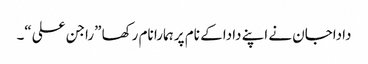
داداجان نے اپنے دادا کے نام پر ہمارا نام رکھا ”راجن علی“۔